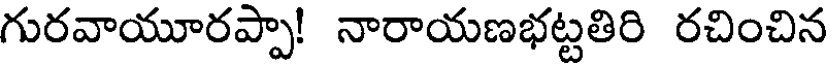
గురవాయూరప్పా! నారాయణభట్టతిరి రచించిన